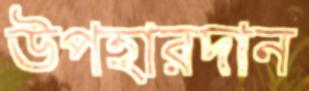
উপহারদান